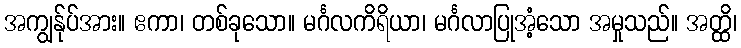
အကျွန်ုပ်အား။ ဧကာ၊ တစ်ခုသော။ မင်္ဂလကိရိယာ၊ မင်္ဂလာပြုအံ့သော အမှုသည်။ အတ္ထိ၊